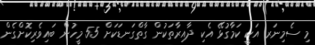
މި ސެމިނަރ އަކީ ކަމާގުޅޭ އެކި ދާއިރާތަކުން ގާތްގަނޑަކަށް 55 މީހުން ބައިވެރިކޮށްގެން